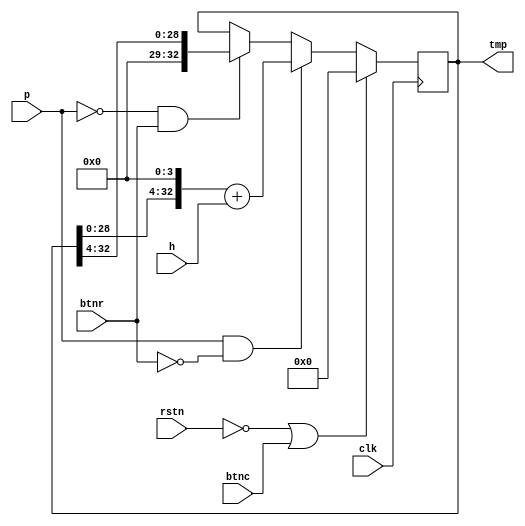
module switch_data (
    input clk, rstn, 
    input [3:0] h,
    input p,
    input btnr, btnc,
    output reg [32:0] tmp
);
always@(posedge clk)
begin
    if(~rstn || btnc) 
    begin
        tmp <= 0;
    end
    else if(p && !btnr)
    begin
        tmp <= (tmp << 4) + h; 
    end
    else if(!p && btnr)
    begin
        tmp <= tmp >> 4;
    end
end

endmodule